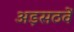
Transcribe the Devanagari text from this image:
अड़सठवें